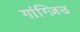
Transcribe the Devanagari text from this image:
गांग्ज़िउ